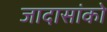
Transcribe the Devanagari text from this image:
जादासांको